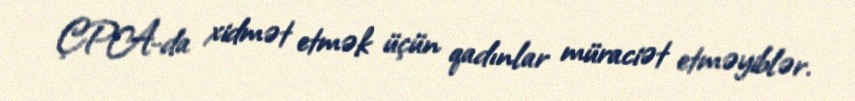
ÇPA-da xidmət etmək üçün qadınlar müraciət etməyiblər.